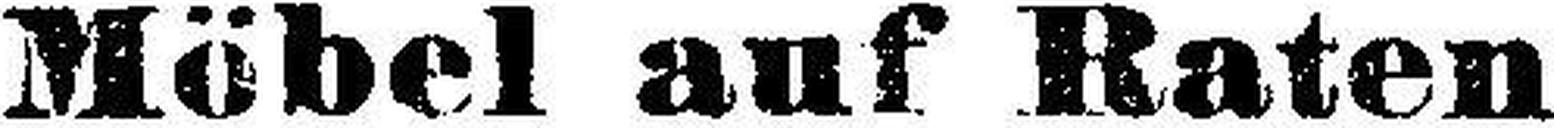
Möbel auf Raten